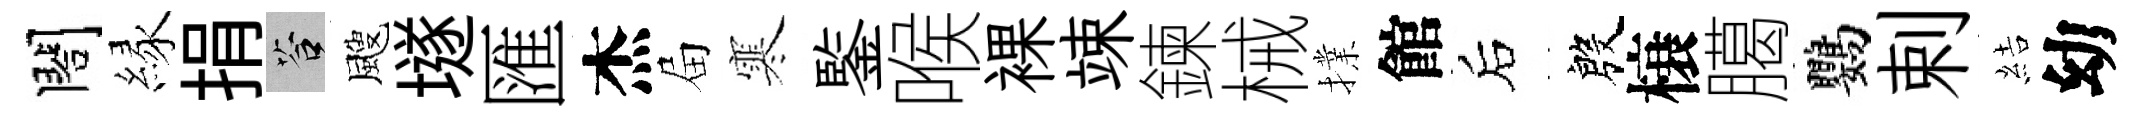
閤縁捐答颼𡑞匯杰屇寒鍳喉裸竦鍊械擈館后殷榱臈鸚剌結幼